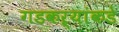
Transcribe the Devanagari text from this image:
गडकऱ्यांकडे